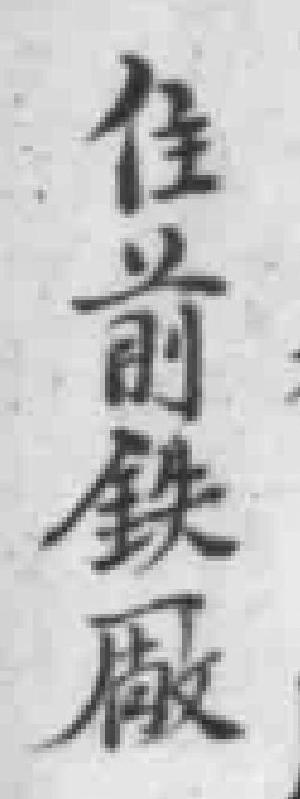
住前鉄廠